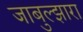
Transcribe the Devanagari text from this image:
जाबुल्झारा